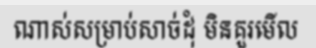
ណាស់សម្រាប់សាច់ដុំ មិនគួរមើល